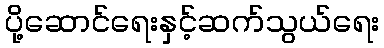
ပို့ဆောင်ရေးနှင့်ဆက်သွယ်ရေး